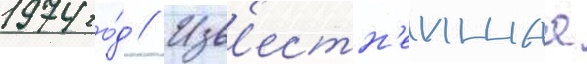
1974 го́д // Изв'естн'еишаа